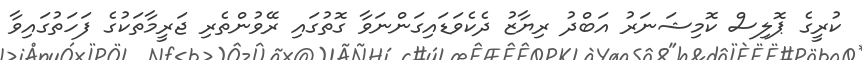
ކުރީގެ ޕޮލިސް ކޮމިޝަނަރު އަބްދު ރިޔާޒު ދެކެވަޑައިގަންނަވާ ގޮތުގައި ރޭވުންތެރި ޖަރީމާތަކުގެ ފަހަތުގައިވާ